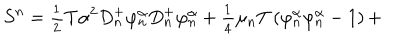
S ^ { n } = \frac { _ 1 } { ^ 2 } T \alpha ^ { 2 } D _ { n } ^ { + } \varphi _ { n } ^ { \alpha } D _ { n } ^ { + } \varphi _ { n } ^ { \alpha } + \frac { _ 1 } { ^ 4 } \mu _ { n } T \left( \varphi _ { n } ^ { \alpha } \varphi _ { n } ^ { \alpha } - 1 \right) +